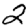
Digit: 2